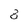
Character: 8